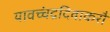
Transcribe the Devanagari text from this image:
यावच्चंद्रदिवाकरौ